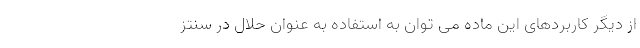
از دیگر کاربردهای این ماده می توان به استفاده به عنوان حلال در سنتز